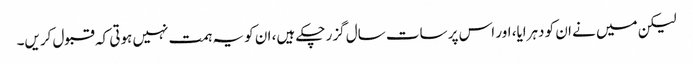
لیکن میں نے ان کو دہرایا، اور اس پر سات سال گزر چکے ہیں، ان کو یہ ہمت نہیں ہوتی کہ قبول کریں۔